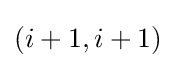
(i+1,i+1)